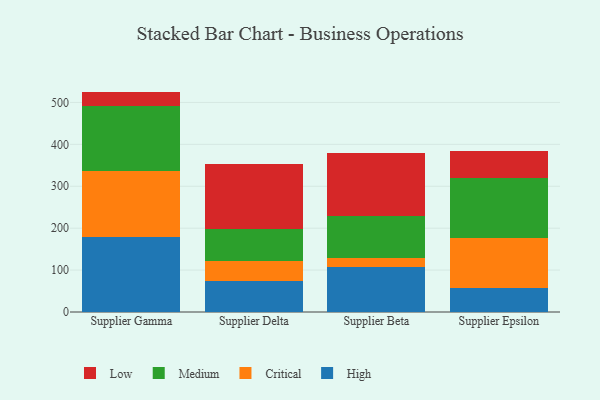
{"axis": {"x": "Supplier", "y": "Gross Profit (USD K)"}, "legend": ["Critical", "High", "Low", "Medium"], "data": [{"x": "Supplier Gamma", "y": 178.7, "type": "High"}, {"x": "Supplier Gamma", "y": 158.8, "type": "Critical"}, {"x": "Supplier Gamma", "y": 155.1, "type": "Medium"}, {"x": "Supplier Gamma", "y": 33.3, "type": "Low"}, {"x": "Supplier Delta", "y": 73.5, "type": "High"}, {"x": "Supplier Delta", "y": 49.1, "type": "Critical"}, {"x": "Supplier Delta", "y": 74.5, "type": "Medium"}, {"x": "Supplier Delta", "y": 155.8, "type": "Low"}, {"x": "Supplier Beta", "y": 106.8, "type": "High"}, {"x": "Supplier Beta", "y": 21.5, "type": "Critical"}, {"x": "Supplier Beta", "y": 101.3, "type": "Medium"}, {"x": "Supplier Beta", "y": 150.3, "type": "Low"}, {"x": "Supplier Epsilon", "y": 56.7, "type": "High"}, {"x": "Supplier Epsilon", "y": 120.1, "type": "Critical"}, {"x": "Supplier Epsilon", "y": 143.2, "type": "Medium"}, {"x": "Supplier Epsilon", "y": 65.0, "type": "Low"}]}